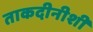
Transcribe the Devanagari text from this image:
ताकदीनीशी